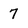
Character: 7